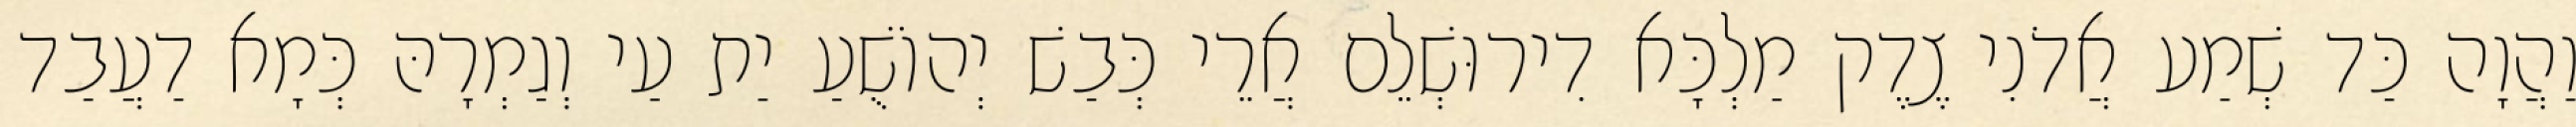
וַהֲוָה כַּד שְׁמַע אֲדֹנִי צֶדֶק מַלְכָּא דִירוּשְׁלֵם אֲרֵי כְּבַשׁ יְהוֹשֻׁעַ יַת עַי וְגַמְרָהּ כְּמָא דַעֲבַד